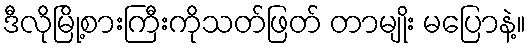
ဒီလိုမြို့စားကြီးကိုသတ်ဖြတ် တာမျိုး မပြောနဲ့။